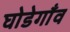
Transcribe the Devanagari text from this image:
घोडेगाँव